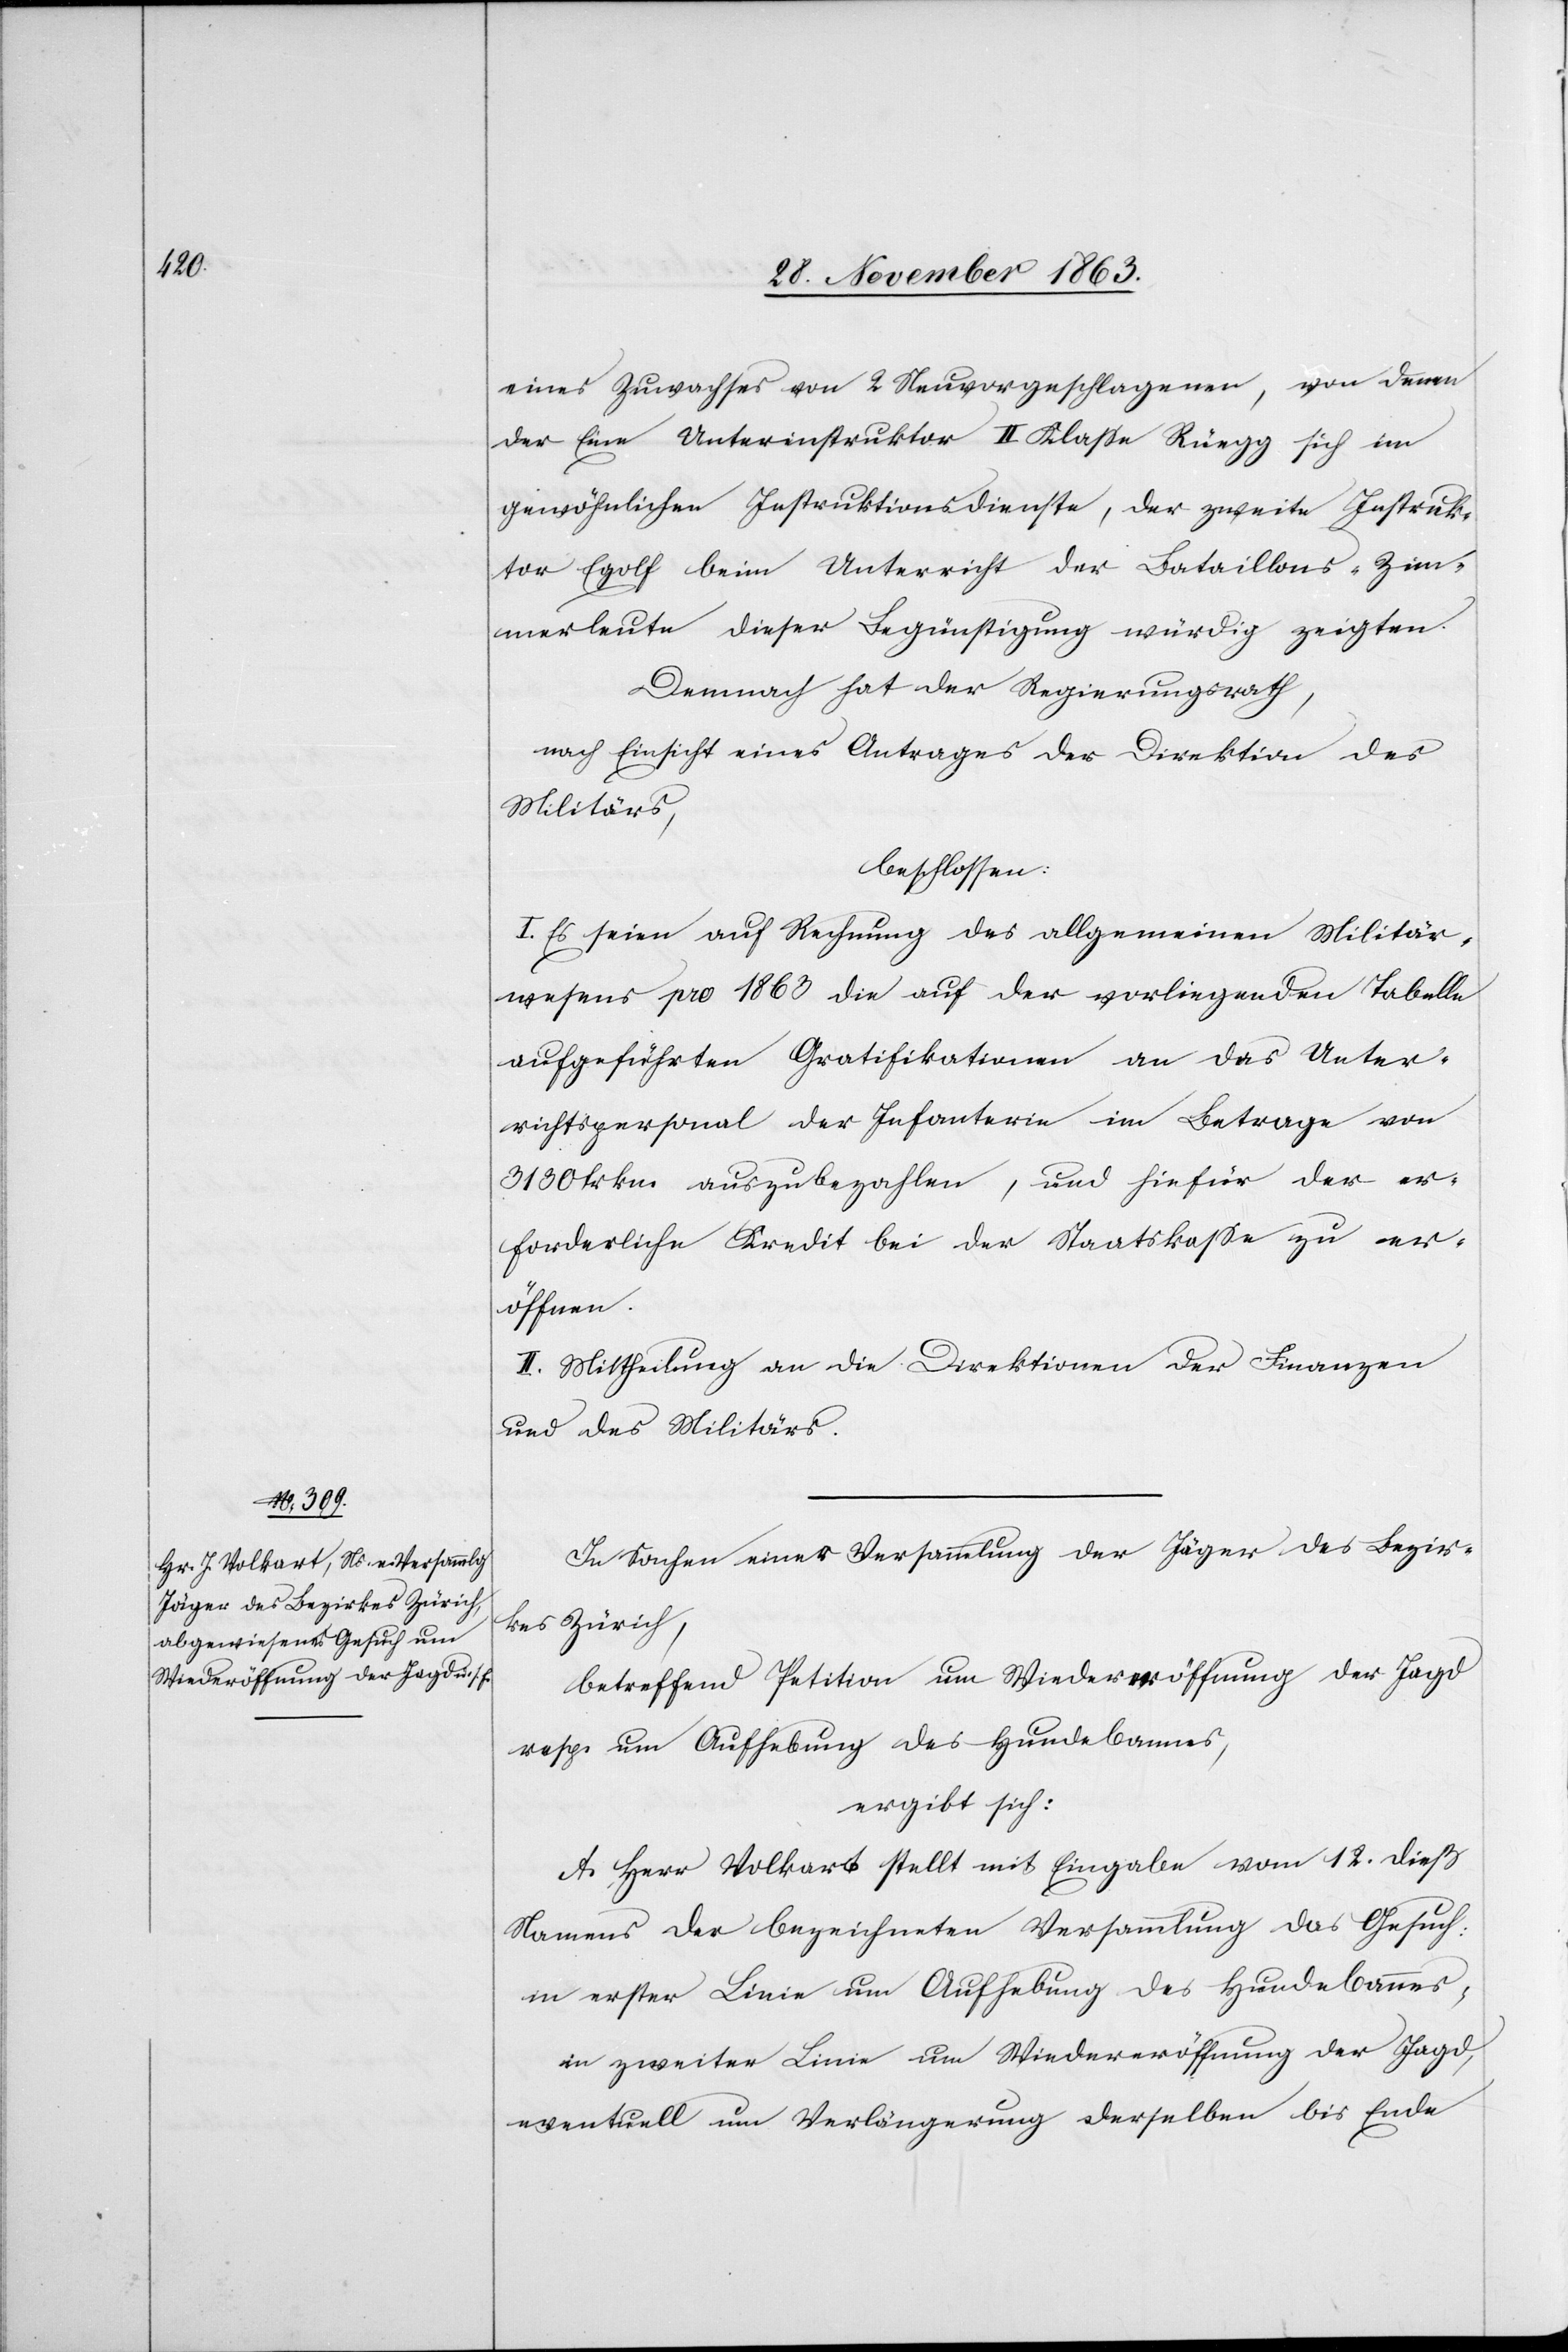
eines Zuwachses von 2 Neuvorgeschlagenen, von denen
der Eine Unterinstruktor II Klasse Rüegg sich im
gewöhnlichen Instruktionsdienste, der zweite Instruk¬
tor Eglof beim Unterricht der Bataillons-Zim¬
merleute dieser Begünstigung würdig zeigten.
Demnach hat der Regierungsrath,
nach Einsicht eines Antrages der Direktion des
Militärs,
beschlossen:
I. Es seien auf Rechnung des allgemeinen Militär¬
wesens pro 1863 die auf der vorliegenden Tabelle
aufgeführten Gratifikationen an das Unter¬
richtspersonal der Infanterie im Betrage von
3130 frkn. auszubezahlen, und hiefür der er¬
forderliche Kredit bei der Staatskasse zu er¬
öffnen.
II. Mittheilung an die Direktionen der Finanzen
und des Militärs.
In Sachen einer Versammlung der Jäger des Bezir¬
kes Zürich,
betreffend Petition um Wiedereröffnung der Jagd
resp. um Aufhebung des Hundebannes,
ergibt sich:
A. Herr Volkart stellt mit Eingabe vom 12. dieß
Namens der bezeichneten Versammlung das Gesuch:
in erster Linie um Wiedereröffnung der Jagd,
eventuell um Verlängerung derselben bis Ende